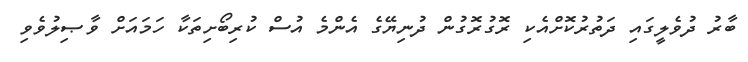
ބާރު ދުވެލީގައި ދަތުރުކޮށްއެކި ރޮގުރޮގުން ދުނިޔޭގެ އެންމެ އުސް ކުރިބޯށިތަކާ ހަމައަށް ވާޞިލުވެވި